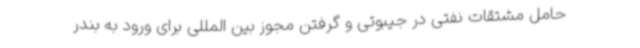
حامل مشتقات نفتی در جیبوتی و گرفتن مجوز بین المللی برای ورود به بندر